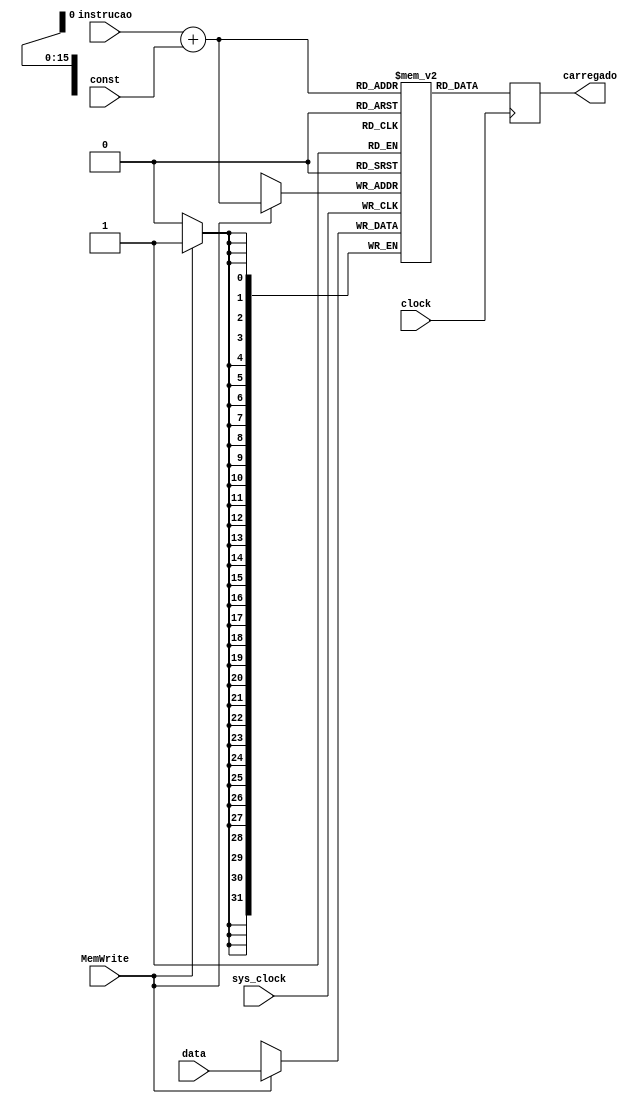
// Quartus Prime Verilog Template
// Simple Dual Port RAM with separate read/write addresses and
// single read/write clock

module memRAM
#(parameter DATA_WIDTH=32, parameter ADDR_WIDTH=16)
(	input [31:0] data,
	input [15:0] const,
	input MemWrite, clock, sys_clock,
	output reg [31:0] carregado,
	input [4:0] instrucao);
	
	integer addr;

	// Declare the RAM variable
	reg [DATA_WIDTH-1:0] ram[2**ADDR_WIDTH-1:0];
	always @ (posedge sys_clock)
	begin
		addr = instrucao + const;
		// Write
		if (MemWrite)
			ram[addr] = data;
		
		
	end
	always @ (posedge clock)
	begin
		addr = instrucao + const;
		// Read 
		carregado = ram[addr];
	end

endmodule